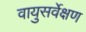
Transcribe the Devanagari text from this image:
वायुसर्वेक्षण